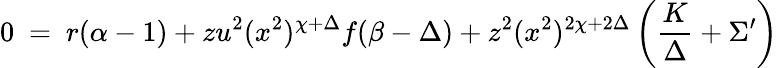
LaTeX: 0~=~r(\alpha-1)+zu^{2}(x^{2})^{\chi+\Delta}f(\beta-\Delta)+z^{2}(x^{2})^{2\chi+2\Delta}\left(\frac{K}{\Delta}+\Sigma^{\prime}\right)